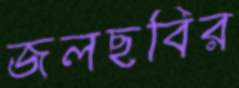
জলছবির